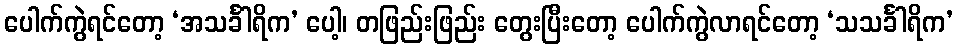
ပေါက်ကွဲရင်တော့ ‘အသင်္ခါရိက’ ပေါ့၊ တဖြည်းဖြည်း တွေးပြီးတော့ ပေါက်ကွဲလာရင်တော့ ‘သသင်္ခါရိက’